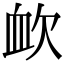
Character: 欰